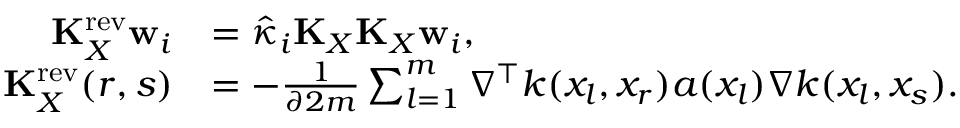
\begin{array} { r l } { \mathbf { K } _ { X } ^ { \mathrm { r e v } } \mathbf { w } _ { i } } & { = \hat { \kappa } _ { i } \mathbf { K } _ { X } \mathbf { K } _ { X } \mathbf { w } _ { i } , } \\ { \mathbf { K } _ { X } ^ { \mathrm { r e v } } ( r , s ) } & { = - \frac { 1 } { \partial 2 m } \sum _ { l = 1 } ^ { m } \nabla ^ { \top } k ( x _ { l } , x _ { r } ) a ( x _ { l } ) \nabla k ( x _ { l } , x _ { s } ) . } \end{array}